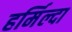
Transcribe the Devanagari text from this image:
हर्मिल्दा